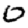
Digit: 0